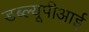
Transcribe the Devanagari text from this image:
डब्ल्यूपीआई